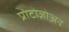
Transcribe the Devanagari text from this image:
प्रोटोज़ोअन